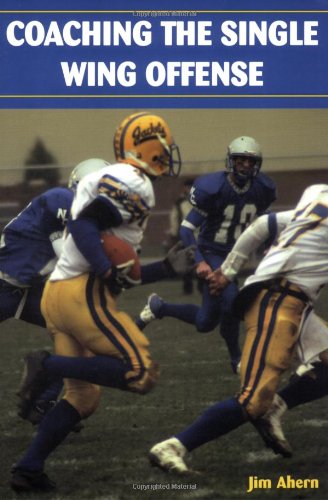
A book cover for Coaching The Single Wing Offense; Jim Ahern; Sports & Outdoors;